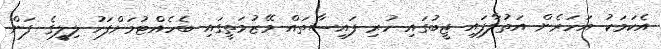
އެކަމަކު އަހަރެން އަތުލާފައި ޖީބުގައި ހުރި ފައިސާތައް މޭޒުމަތީގައި ބެހެއްޓުމަށްފަހު ލިލީގެ ފަން